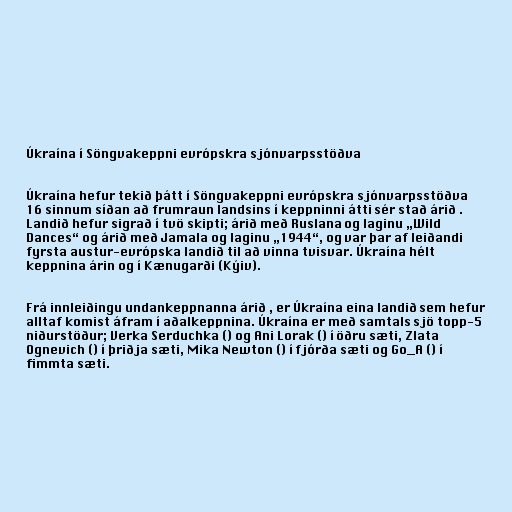
Úkraína í Söngvakeppni evrópskra sjónvarpsstöðva

Úkraína hefur tekið þátt í Söngvakeppni evrópskra sjónvarpsstöðva
16 sinnum síðan að frumraun landsins í keppninni átti sér stað árið .
Landið hefur sigrað í tvö skipti; árið með Ruslana og laginu „Wild
Dances“ og árið með Jamala og laginu „1944“, og var þar af leiðandi
fyrsta austur-evrópska landið til að vinna tvisvar. Úkraína hélt
keppnina árin og í Kænugarði (Kýiv).

Frá innleiðingu undankeppnanna árið , er Úkraína eina landið sem hefur
alltaf komist áfram í aðalkeppnina. Úkraína er með samtals sjö topp-5
niðurstöður; Verka Serduchka () og Ani Lorak () í öðru sæti, Zlata
Ognevich () í þriðja sæti, Mika Newton () í fjórða sæti og Go_A () í
fimmta sæti.